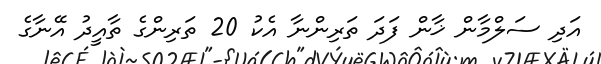
އަދި ސަލްމާން ޚާން ފަދަ ތަރިންނާ އެކު 20 ތަރިންގެ ތާއީދު އޭނާގެ